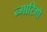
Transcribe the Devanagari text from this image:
न्गारिगो